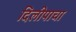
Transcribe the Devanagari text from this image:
दिलीपाचा